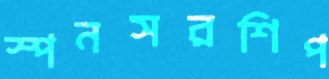
স্পনসরশিপ